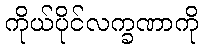
ကိုယ်ပိုင်လက္ခဏာကို